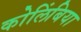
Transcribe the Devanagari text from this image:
कोलिंबिया